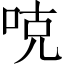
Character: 𠳭